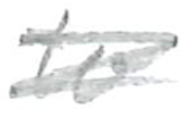
Text: to
Cross-out: scratch
Writing tool: pencil